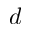
d